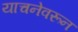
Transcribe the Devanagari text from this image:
याचनेवरून